65_HS1-834228961_62-HQ-83894_SUB_A
Agency: FBI
Page 42
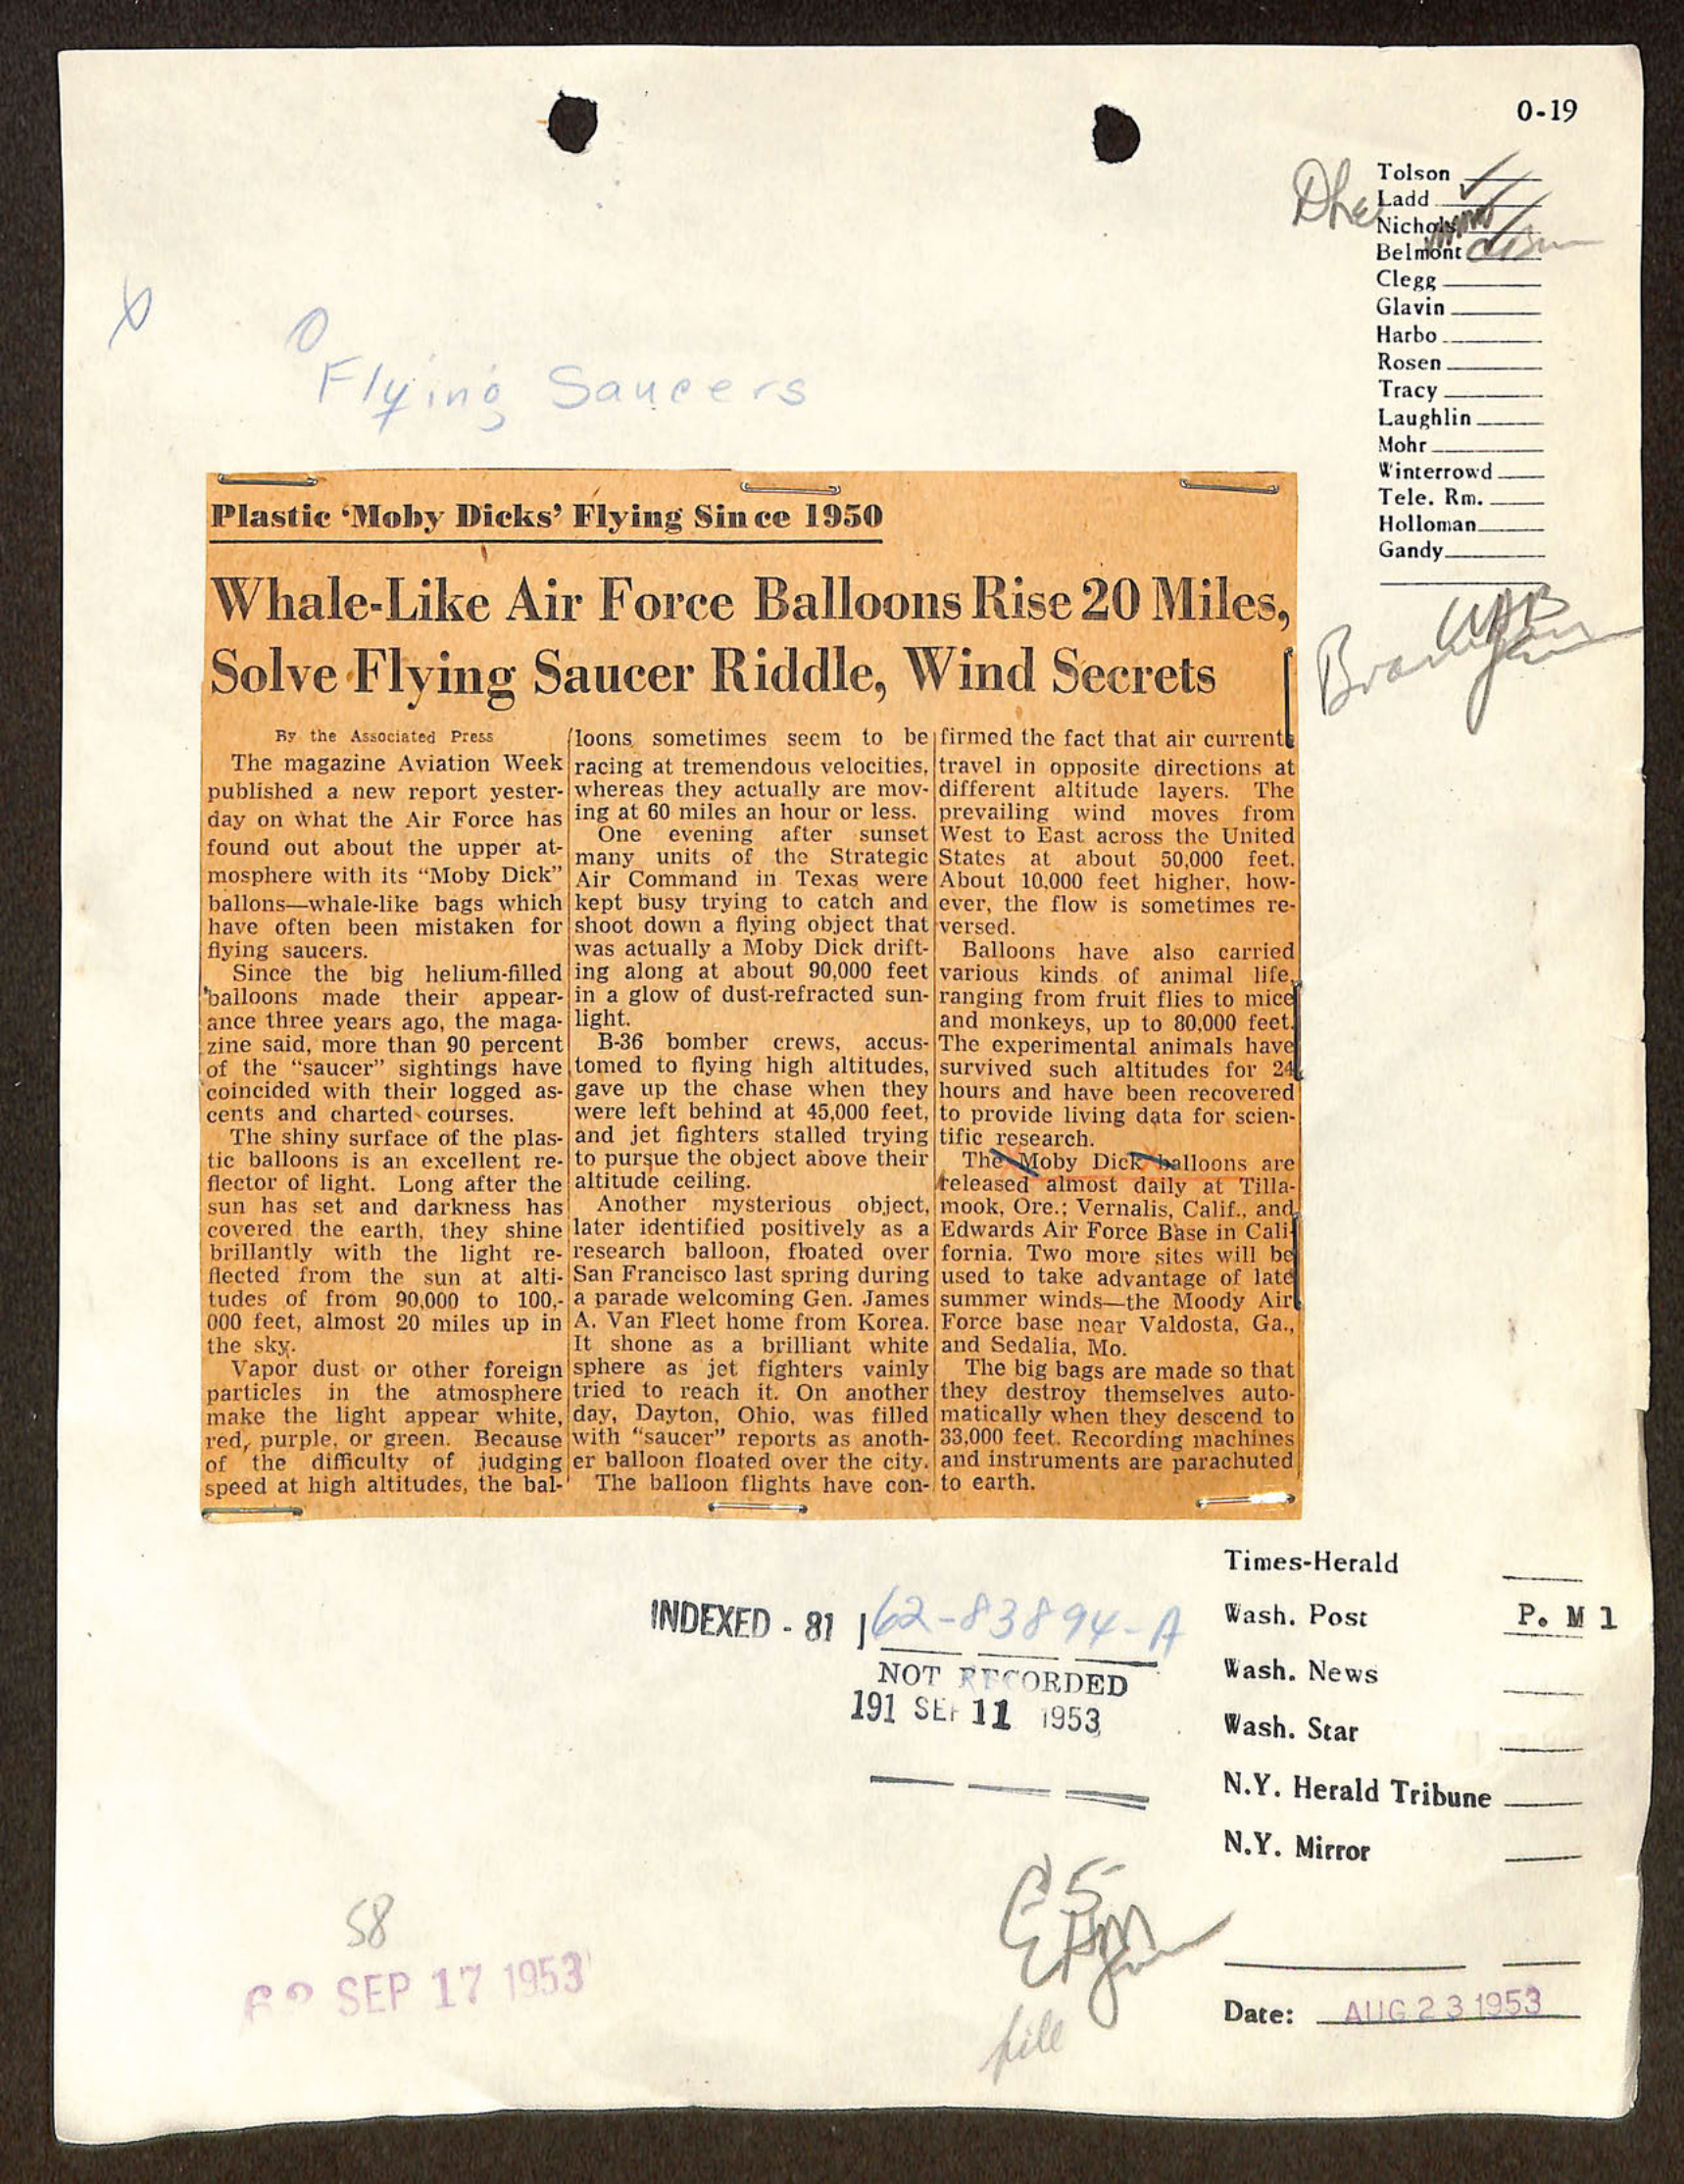